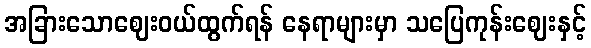
အခြားသောဈေးဝယ်ထွက်ရန် နေရာများမှာ သပြေကုန်းဈေးနှင့်